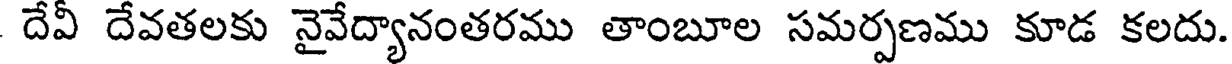
దేవీ దేవతలకు నైవేద్యానంతరము తాంబూల సమర్పణము కూడ కలదు.